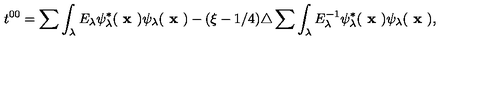
t ^ { 0 0 } = \sum \int _ { \lambda } E _ { \lambda } \psi _ { \lambda } ^ { * } ( \textbf { x } ) \psi _ { \lambda } ( \textbf { x } ) - ( \xi - 1 / 4 ) \triangle \sum \int _ { \lambda } E _ { \lambda } ^ { - 1 } \psi _ { \lambda } ^ { * } ( \textbf { x } ) \psi _ { \lambda } ( \textbf { x } ) ,